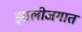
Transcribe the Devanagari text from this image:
झालीजगात